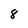
Character: 8